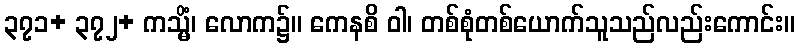
၃၇၁+ ၃၇၂+ ကသ္မိံ၊ လောက၌။ ကေနစိ ဝါ၊ တစ်စုံတစ်ယောက်သူသည်လည်းကောင်း။